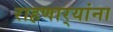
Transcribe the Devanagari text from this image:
राहणार्‍यांना